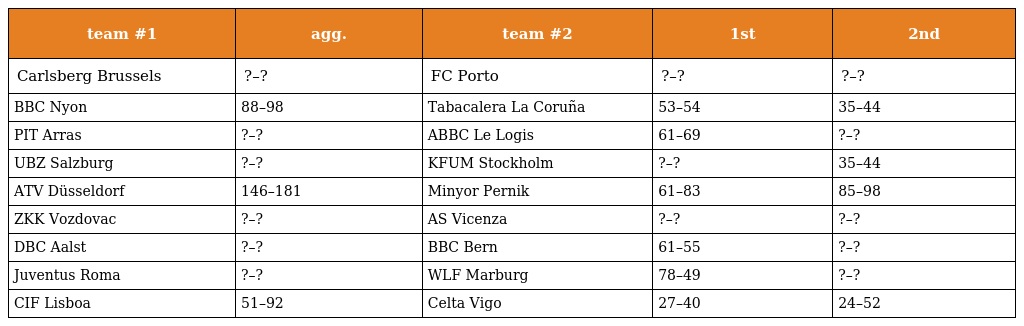
| team #1 | agg. | team #2 | 1st | 2nd |
 | --- | --- | --- | --- | --- |
 | Carlsberg Brussels | ?–? | FC Porto | ?–? | ?–? |
 | BBC Nyon | 88–98 | Tabacalera La Coruña | 53–54 | 35–44 |
 | PIT Arras | ?–? | ABBC Le Logis | 61–69 | ?–? |
 | UBZ Salzburg | ?–? | KFUM Stockholm | ?–? | 35–44 |
 | ATV Düsseldorf | 146–181 | Minyor Pernik | 61–83 | 85–98 |
 | ZKK Vozdovac | ?–? | AS Vicenza | ?–? | ?–? |
 | DBC Aalst | ?–? | BBC Bern | 61–55 | ?–? |
 | Juventus Roma | ?–? | WLF Marburg | 78–49 | ?–? |
 | CIF Lisboa | 51–92 | Celta Vigo | 27–40 | 24–52 |